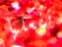
تفعلها